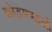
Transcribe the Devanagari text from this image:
क्रोड़मण्डलों